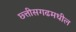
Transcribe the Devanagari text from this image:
छ्त्तीसगढमधील